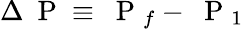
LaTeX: \Delta\mathrm{~\mathbf~P~}\equiv\mathrm{~\mathbf~P~}_{f}-\mathrm{~\mathbf~P~}_{1}